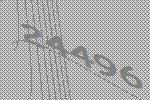
24496